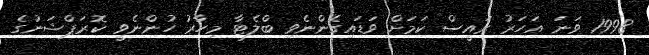
1998 ވަނަ އަހަރު ރައީސް ކަމަށް ވަޑައިގެންނެވި ބްލެޓާ މިހާރު ހުންނެވީ ކޮރަޕްޝަނުގެ